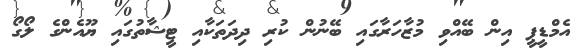
އެމްޑީޕީ އިން ބޭއްވި މުޒާހަރާގައި ބޭނުން ކުރި ދިދަތަކާއި ޓީޝާތުގައި ޔޫއެންގެ ލޯގޯ